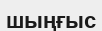
шыңғыс